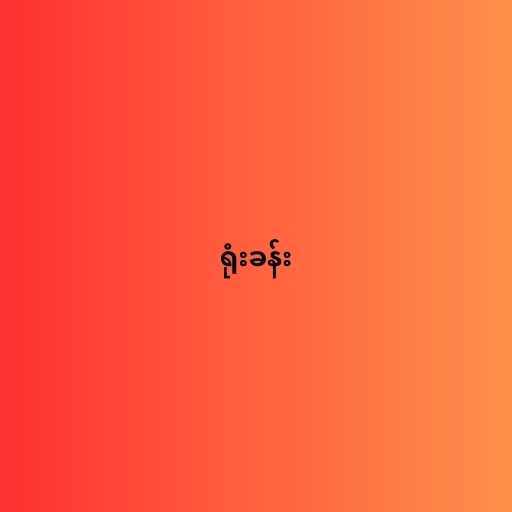
ရုံးခန်း